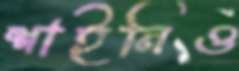
শাইনিও